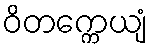
ဝိတက္ကေယျံ